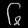
Digit: ၆